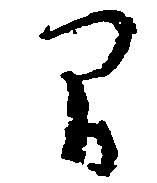
間